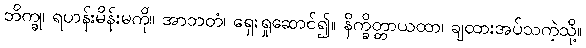
ဘိက္ခု၊ ရဟန်းမိန်းမကို။ အာဘတံ၊ ရှေးရှုဆောင်၍။ နိက္ခိတ္တာယထာ၊ ချထားအပ်သကဲ့သို့။